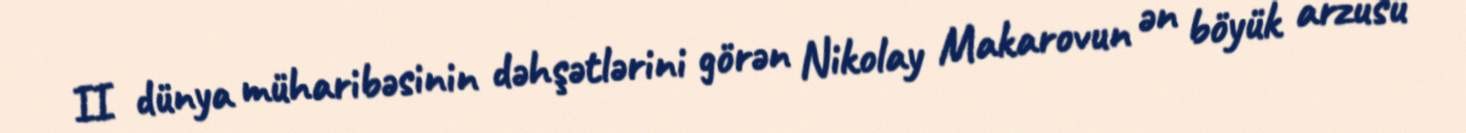
II dünya müharibəsinin dəhşətlərini görən Nikolay Makarovun ən böyük arzusu